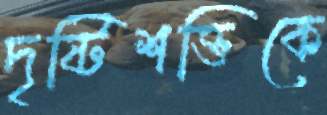
দৃষ্টিশক্তিকে